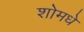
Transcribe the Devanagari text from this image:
शोमधे